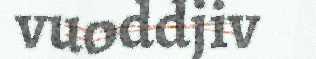
vuoddjiv